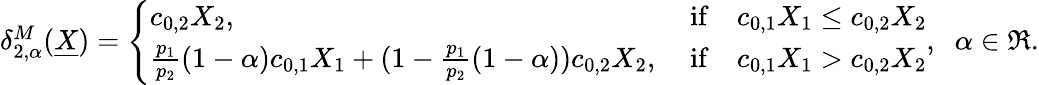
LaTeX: \begin{array}{r}{\delta_{2,\alpha}^{M}(\underline{{X}})=\left\{ \begin{array}{ll}{c_{0,2}X_{2},}&{\mathrm{~if}\quad c_{0,1}X_{1}\leq c_{0,2}X_{2}}\\ {\frac{p_{1}}{p_{2}}(1-\alpha)c_{0,1}X_{1}+(1-\frac{p_{1}}{p_{2}}(1-\alpha))c_{0,2}X_{2},}&{\mathrm{~if}\quad c_{0,1}X_{1}>c_{0,2}X_{2}}\end{array}\right.,\; \; \alpha\in\Re.}\end{array}